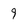
Character: 9